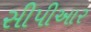
સીપીઆર